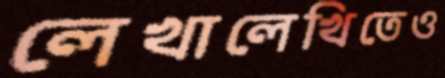
লেখালেখিতেও